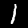
Label: 1